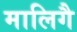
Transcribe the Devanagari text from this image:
मालिगै